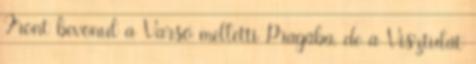
Front bevonul a Varsó melletti Pragába, de a Visztulát